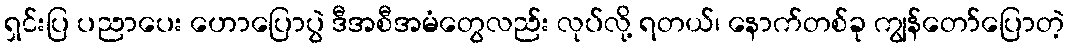
ရှင်းပြ ပညာပေး ဟောပြောပွဲ ဒီအစီအမံတွေလည်း လုပ်လို့ ရတယ်၊ နောက်တစ်ခု ကျွန်တော်ပြောတဲ့